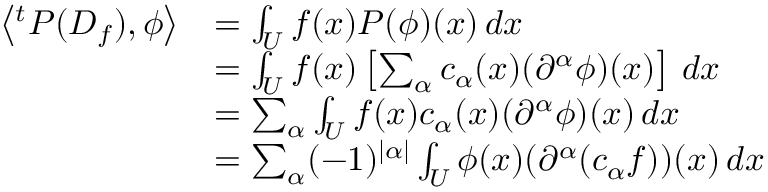
{ \begin{array} { r l } { \left\langle ^ { t } P ( D _ { f } ) , \phi \right\rangle } & { = \int _ { U } f ( x ) P ( \phi ) ( x ) \, d x } \\ & { = \int _ { U } f ( x ) \left[ \sum _ { \alpha } c _ { \alpha } ( x ) ( \partial ^ { \alpha } \phi ) ( x ) \right] \, d x } \\ & { = \sum _ { \alpha } \int _ { U } f ( x ) c _ { \alpha } ( x ) ( \partial ^ { \alpha } \phi ) ( x ) \, d x } \\ & { = \sum _ { \alpha } ( - 1 ) ^ { | \alpha | } \int _ { U } \phi ( x ) ( \partial ^ { \alpha } ( c _ { \alpha } f ) ) ( x ) \, d x } \end{array} }